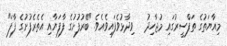
މިއާޔަތުގެ ތަފްސީރުގައި މުޖާހިދު   ވިދާޅުވެފައިވެއެވެ. "ބޭރުފުށުގެ ފާފަޔާއި އެތެރެފުށުގެ ފާފަ"